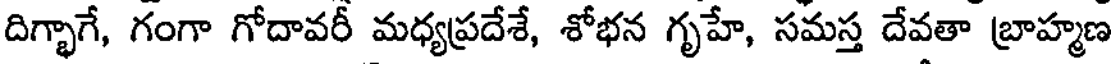
దిగ్భాగే, గంగా గోదావరీ మధ్యప్రదేశే, శోభన గృహే, సమస్త దేవతా బ్రాహ్మణ